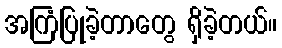
အကြံပြုခဲ့တာတွေ ရှိခဲ့တယ်။